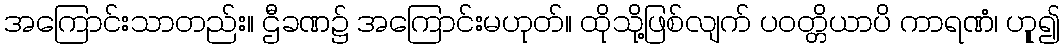
အကြောင်းသာတည်း။ ဌီခဏ၌ အကြောင်းမဟုတ်။ ထိုသို့ဖြစ်လျက် ပဝတ္တိယာပိ ကာရဏံ၊ ဟူု၍